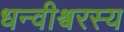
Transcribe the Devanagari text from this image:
धन्वीश्वरस्य